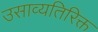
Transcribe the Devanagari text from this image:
उसाव्यतिरिक्त